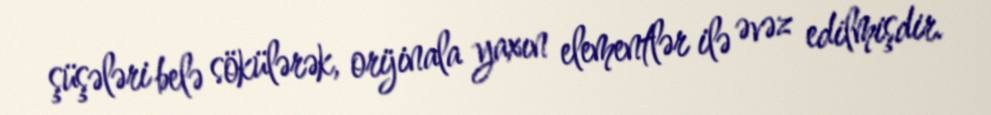
şüşələri belə sökülərək, orijinala yaxın elementlər ilə əvəz edilmişdir.